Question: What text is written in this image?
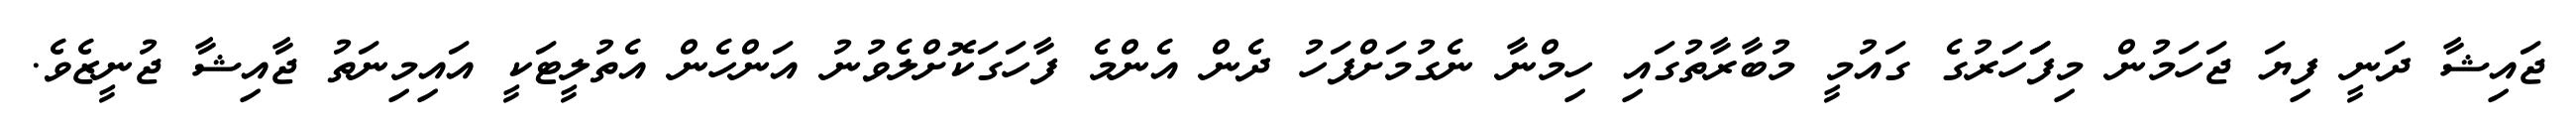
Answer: ޖައިޝާ ދަނީ ފިޔަ ޖަހަމުން މިފަަހަރުގެ ގައުމީ މުބާރާތުގައި ހިމްނާ ނެގުމަށްފަހު ދެން އެންމެ ފާހަގަކޮށްލެވުނު އަންހެން އެތުލީޓަކީ އައިމިނަތު ޖާއިޝާ ޖުނީޒެވެ.